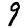
Digit: 9